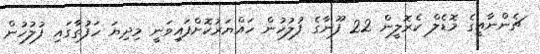
ޗެންނާއީގެ މޮޑެލް ކެރޮލީން 22 ފޫނާގެ ފުލުހުން ހައްޔަރުކޮށްފައިވަނީ މިދިޔަ ހަފުތާގައި ފުލުހުން